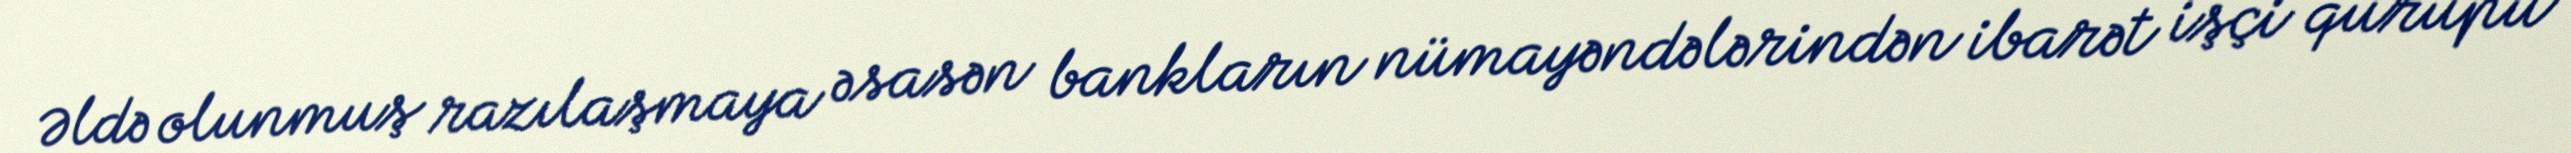
Əldə olunmuş razılaşmaya əsasən bankların nümayəndələrindən ibarət işçi qurupu